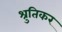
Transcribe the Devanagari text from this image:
श्रुतिकर